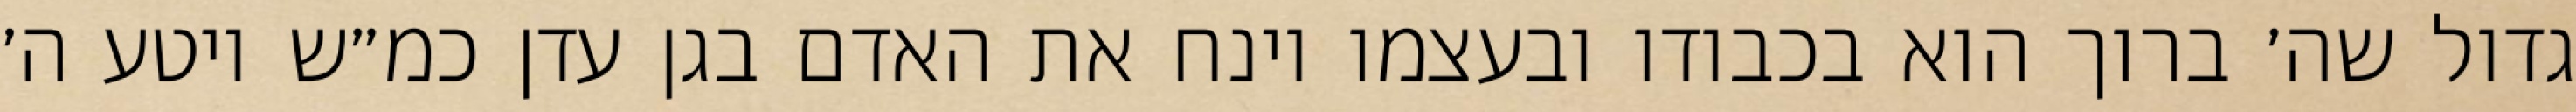
גדול שה׳ ברוך הוא בכבודו ובעצמו וינח את האדם בגן עדן כמ״ש ויטע ה׳